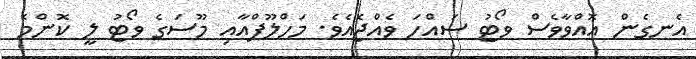
އެނގެން އޮއްވާވެސް ވޯޓު ސައްހަ ވެއްޖެއެވެ. މަހްލޫފްއާއި މޫސަގެ ވޯޓު ލީ ކޮންމެ